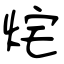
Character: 烢